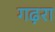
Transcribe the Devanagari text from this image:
गढ़रा